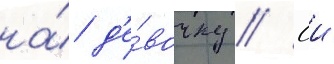
на́ д'е́вочку // Еи